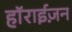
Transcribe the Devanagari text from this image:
हाॅराईज़न